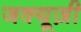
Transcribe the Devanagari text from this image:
जक्यूज़ी